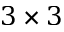
3 \times 3